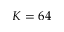
K = 6 4